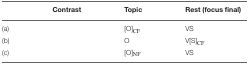
<table><thead><tr><td>[EMPTY_CELL]</td><td><b>Contrast</b></td><td><b>Topic</b></td><td><b>Rest (focus final)</b></td></tr></thead><tbody><tr><td>(a)</td><td>[EMPTY_CELL]</td><td>[O]<sub>CF</sub></td><td>VS</td></tr><tr><td>(b)</td><td>[EMPTY_CELL]</td><td>O</td><td>V[S]<sub>CF</sub></td></tr><tr><td>(c)</td><td>[EMPTY_CELL]</td><td>[O]<sub>NF</sub></td><td>VS</td></tr></tbody></table>